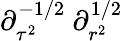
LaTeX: \partial_{\tau^{2}}^{-1/2}\ \partial_{r^{2}}^{1/2}